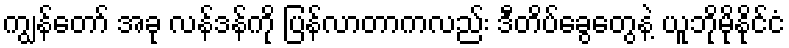
ကျွန်တော် အခု လန်ဒန်ကို ပြန်လာတာကလည်း ဒီတိပ်ခွေတွေနဲ့ ယူဘိုမိုနိုင်ငံ